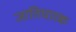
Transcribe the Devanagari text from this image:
जातिधारक